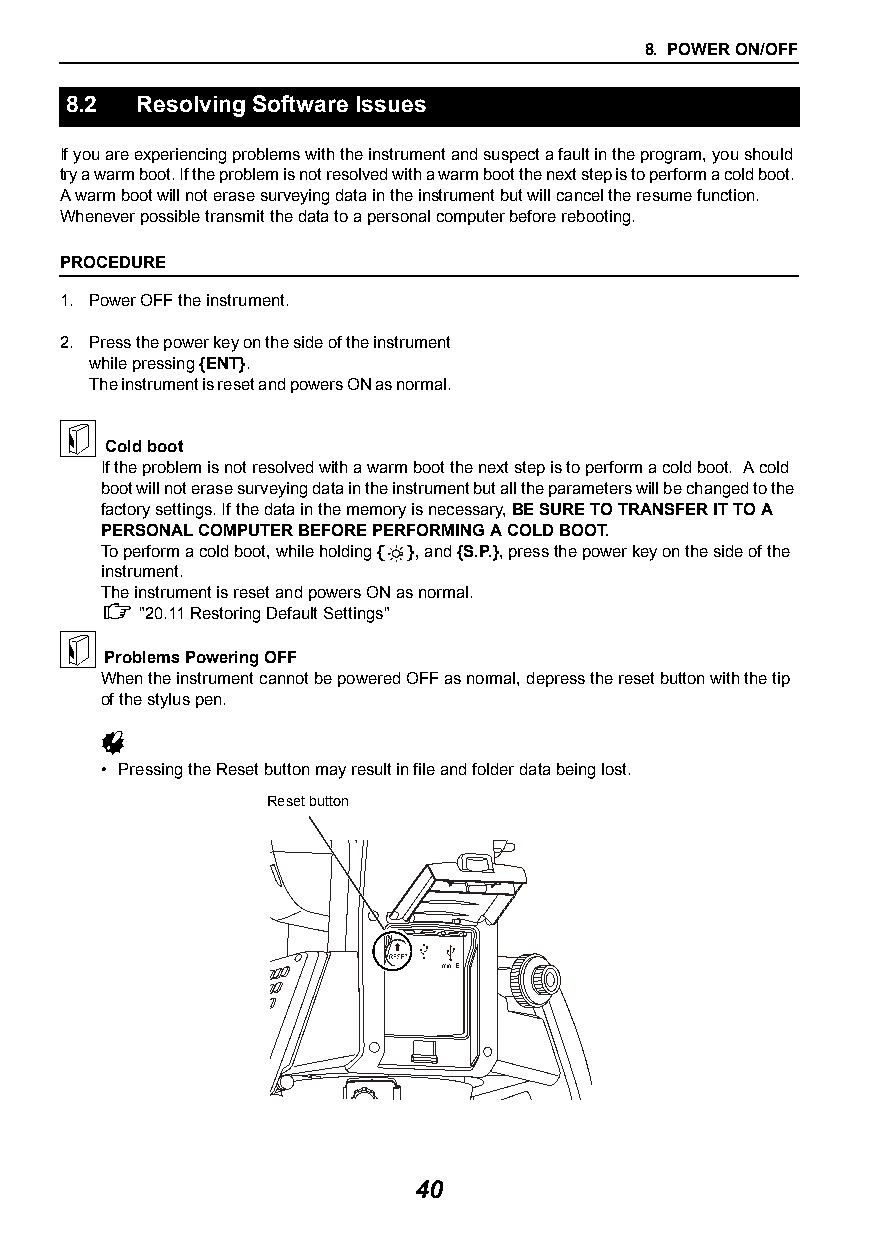
8. POWER ON/OFF
 8.2  Resolving Software Issues
 If you are experiencing problems with the instrument and suspect a fault in the program, you should
 try a warm boot. If the problem is not resolved with a warm boot the next step is to perform a cold boot.
 A warm boot will not erase surveying data in the instrument but will cancel the resume function.
 Whenever possible transmit the data to a personal computer before rebooting.
 PROCEDURE
 1. Power OFF the instrument.
 2. Press the power key on the side of the instrument
 while pressing {ENT}.
 The instrument is reset and powers ON as normal.
 
 Cold boot
 If the problem is not resolved with a warm boot the next step is to perform a cold boot. A cold
 boot will not erase surveying data in the instrument but all the parameters will be changed to the
 factory settings. If the data in the memory is necessary, BE SURE TO TRANSFER IT TO A
 PERSONAL COMPUTER BEFORE PERFORMING A COLD BOOT.
 To perform a cold boot, while holding { }, and {S.P.}, press the power key on the side of the
 instrument.
 The instrument is reset and powers ON as normal.
  "20.11Restoring Default Settings"
 
 Problems Powering OFF
 When the instrument cannot be powered OFF as normal, depress the reset button with the tip
 of the stylus pen.
 
 • Pressing the Reset button may result in file and folder data being lost.
 Reset button
 40